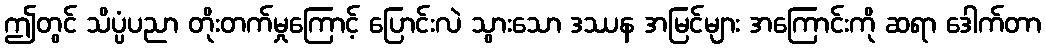
ဤတွင် သိပ္ပံပညာ တိုးတက်မှုကြောင့် ပြောင်းလဲ သွားသော ဒဿန အမြင်များ အကြောင်းကို ဆရာ ဒေါက်တာ